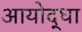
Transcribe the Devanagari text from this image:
आयोद्धा